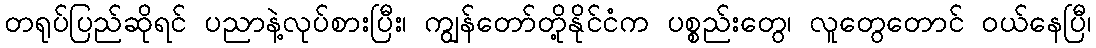
တရုပ်ပြည်ဆိုရင် ပညာနဲ့လုပ်စားပြီး၊ ကျွန်တော်တို့နိုင်ငံက ပစ္စည်းတွေ၊ လူတွေတောင် ဝယ်နေပြီ၊